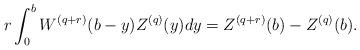
LaTeX: \begin{align*}r\int_0^{b}W^{(q+r)}(b-y)Z^{(q)}(y)dy=Z^{(q+r)}(b)-Z^{(q)}(b).\end{align*}